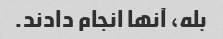
بله، آنها انجام دادند.